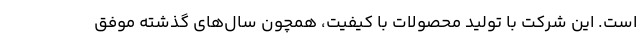
است. این شرکت با تولید محصولات با کیفیت، همچون سال‌های گذشته موفق